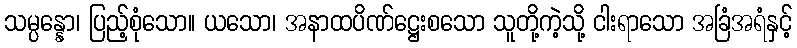
သမ္ပန္နော၊ ပြည့်စုံသော။ ယသော၊ အနာထပိဏ်ဋ္ဌေးစသော သူတို့ကဲ့သို့ ငါးရာသော အခြံအရံနှင့်